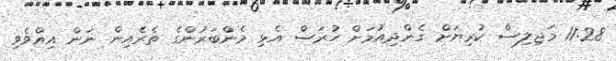
11:28 މަޖިލިސް ކުރިޔަށް ގެންދިއުމަށް ހުރަސް އެޅި މެންބަރުންގެ ތެރެއިން ނަން އިއްވެވި